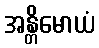
အန္တိမောယံ